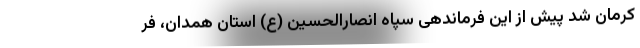
کرمان شد پیش از این فرماندهی سپاه انصارالحسین (ع) استان همدان، فر